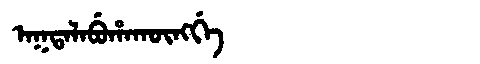
Manchu: ᠠᡴᡨᠠᠯᠠᠪᡠᡥᠠᡴᡡᠩᡤᡝ
Romanization: AKTALABUHAKŪNGGE